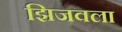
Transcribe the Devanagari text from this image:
झिजवला